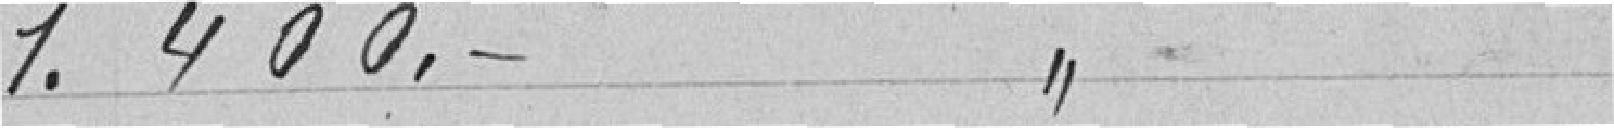
4.400.